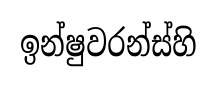
ඉන්ෂුවරන්ස්හි